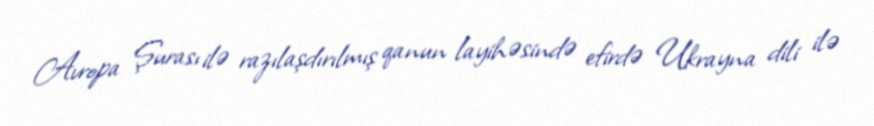
Avropa Şurası ilə razılaşdırılmış qanun layihəsində efirdə Ukrayna dili ilə